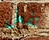
تفعل